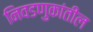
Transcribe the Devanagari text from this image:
निवडणुकांतील